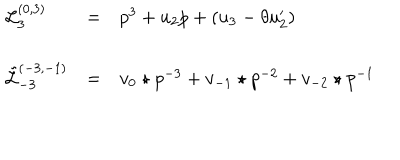
\begin{array} { l c l } { { { \mathcal L } _ { 3 } ^ { ( 0 , 3 ) } } } & { { = } } & { { p ^ { 3 } + u _ { 2 } p + ( u _ { 3 } - \theta u _ { 2 } ^ { \prime } ) } } \\ { { { \tilde { \mathcal L } } _ { - 3 } ^ { ( - 3 , - 1 ) } } } & { { = } } & { { { v _ { 0 } \star p } ^ { - 3 } + v _ { - 1 } \star p ^ { - 2 } + v _ { - 2 } \star p ^ { - 1 } } } \\ \end{array}